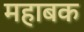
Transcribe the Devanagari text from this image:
महाबक